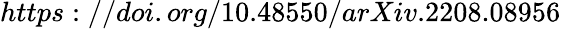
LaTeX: {https://doi.org/10.48550/arXiv.2208.08956}